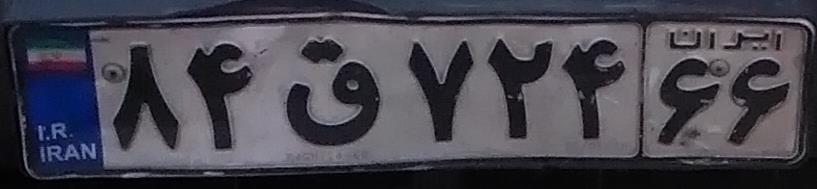
۸۴ق۷۲۴۶۶